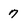
Character: 7